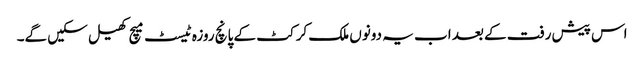
اس پیش رفت کے بعد اب یہ دونوں ملک کرکٹ کے پانچ روزہ ٹیسٹ میچ کھیل سکیں گے۔